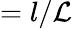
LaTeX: =l/\mathcal{L}